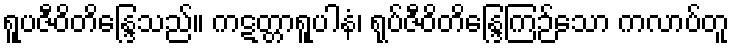
ရူပဇီဝိတိန္ဒြေသည်။ ကဋတ္တာရူပါနံ၊ ရုပ်ဇီဝိတိန္ဒြေကြဉ်သော ကလာပ်တူ